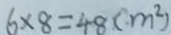
6 \times 8 = 4 8 ( m ^ { 2 } )